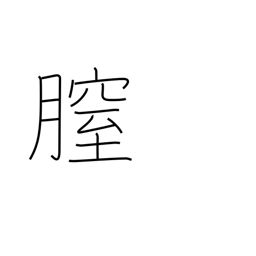
Meaning: vagina